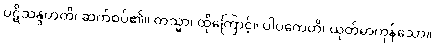
ပဋိသန္ဒဟတိ၊ ဆက်စပ်၏။ တသ္မာ၊ ထိုကြောင့်။ ပါပကေဟိ၊ ယုတ်မာကုန်သော။